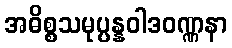
အဓိစ္စသမုပ္ပန္နဝါဒဝဏ္ဏနာ